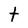
Character: t